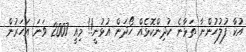
އުކާ ފުލުހުންނާ ތަޅާނެ ކުދިންކޮޅެއް ހޯދަން އުޅުނީ!! މިއީ 2007 ވަނަ އަހަރުން